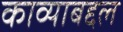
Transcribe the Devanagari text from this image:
काव्याबद्दल